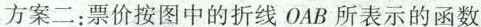
方案二：票价按图中的折线OAB所表示的函数